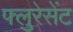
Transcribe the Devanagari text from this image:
फ्लुरेसेंट